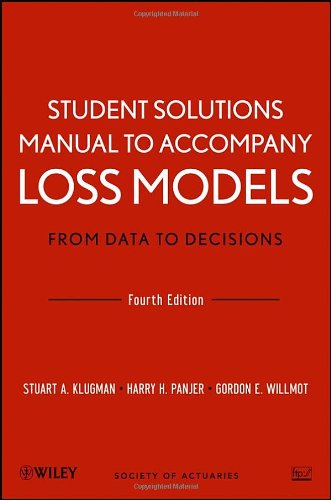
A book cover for Student Solutions Manual to Accompany Loss Models: From Data to Decisions, Fourth Edition; Stuart A. Klugman; Business & Money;